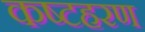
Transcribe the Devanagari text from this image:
कष्टहरण